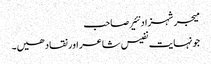
میجر شہزاد نئیر صاحب
جونہایت نفیس شاعر اور نقاد ھیں۔